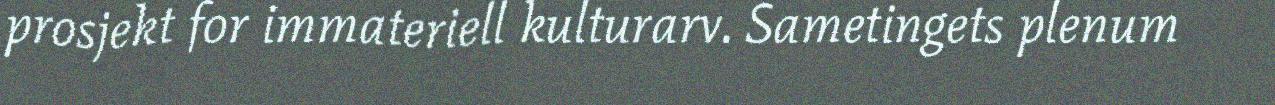
prosjekt for immateriell kulturarv. Sametingets plenum